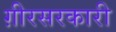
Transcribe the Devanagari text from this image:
ग़ीरसरकारी